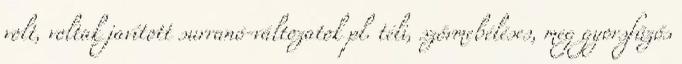
volt, voltak javított surranó-változatok pl. téli, szőrmebéléses, meg gyorsfűzős